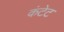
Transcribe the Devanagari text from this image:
कंटेट